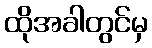
ထိုအခါတွင်မှ